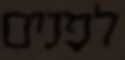
לפנים